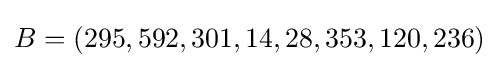
B=(295,592,301,14,28,353,120,236)